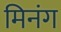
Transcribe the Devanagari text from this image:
मिनंग